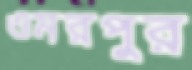
ওমরপুর